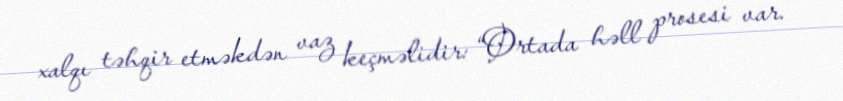
xalqı təhqir etməkdən vaz keçməlidir: “Ortada həll prosesi var.